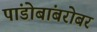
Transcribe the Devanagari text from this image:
पांडोबांबरोबर